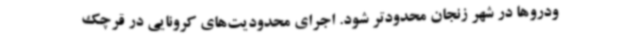
ودروها در شهر زنجان محدودتر شود. اجرای محدودیت‌های کرونایی در قرچک